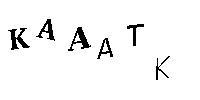
KAAATK